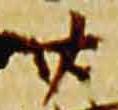
廿